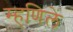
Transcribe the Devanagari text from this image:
म्हणिलें